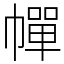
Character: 幝